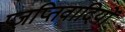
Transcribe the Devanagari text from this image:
प्रज्ञप्तिवादियों